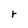
Character: r